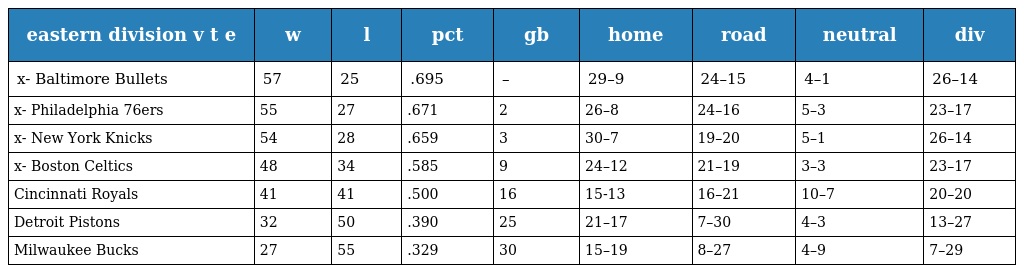
| eastern division v t e | w | l | pct | gb | home | road | neutral | div |
 | --- | --- | --- | --- | --- | --- | --- | --- | --- |
 | x- Baltimore Bullets | 57 | 25 | .695 | – | 29–9 | 24–15 | 4–1 | 26–14 |
 | x- Philadelphia 76ers | 55 | 27 | .671 | 2 | 26–8 | 24–16 | 5–3 | 23–17 |
 | x- New York Knicks | 54 | 28 | .659 | 3 | 30–7 | 19–20 | 5–1 | 26–14 |
 | x- Boston Celtics | 48 | 34 | .585 | 9 | 24–12 | 21–19 | 3–3 | 23–17 |
 | Cincinnati Royals | 41 | 41 | .500 | 16 | 15-13 | 16–21 | 10–7 | 20–20 |
 | Detroit Pistons | 32 | 50 | .390 | 25 | 21–17 | 7–30 | 4–3 | 13–27 |
 | Milwaukee Bucks | 27 | 55 | .329 | 30 | 15–19 | 8–27 | 4–9 | 7–29 |